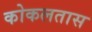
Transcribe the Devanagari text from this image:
कोकलतास